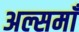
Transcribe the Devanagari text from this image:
अल्समाँ